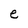
Character: e